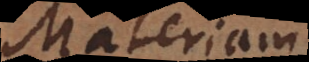
Materiam